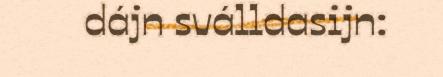
dájn sválldasijn: